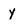
Character: y